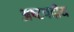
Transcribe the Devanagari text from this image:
अष्टपदीय